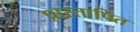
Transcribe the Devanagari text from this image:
प्रास्तापित